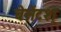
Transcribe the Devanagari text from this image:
बेसेंटश्